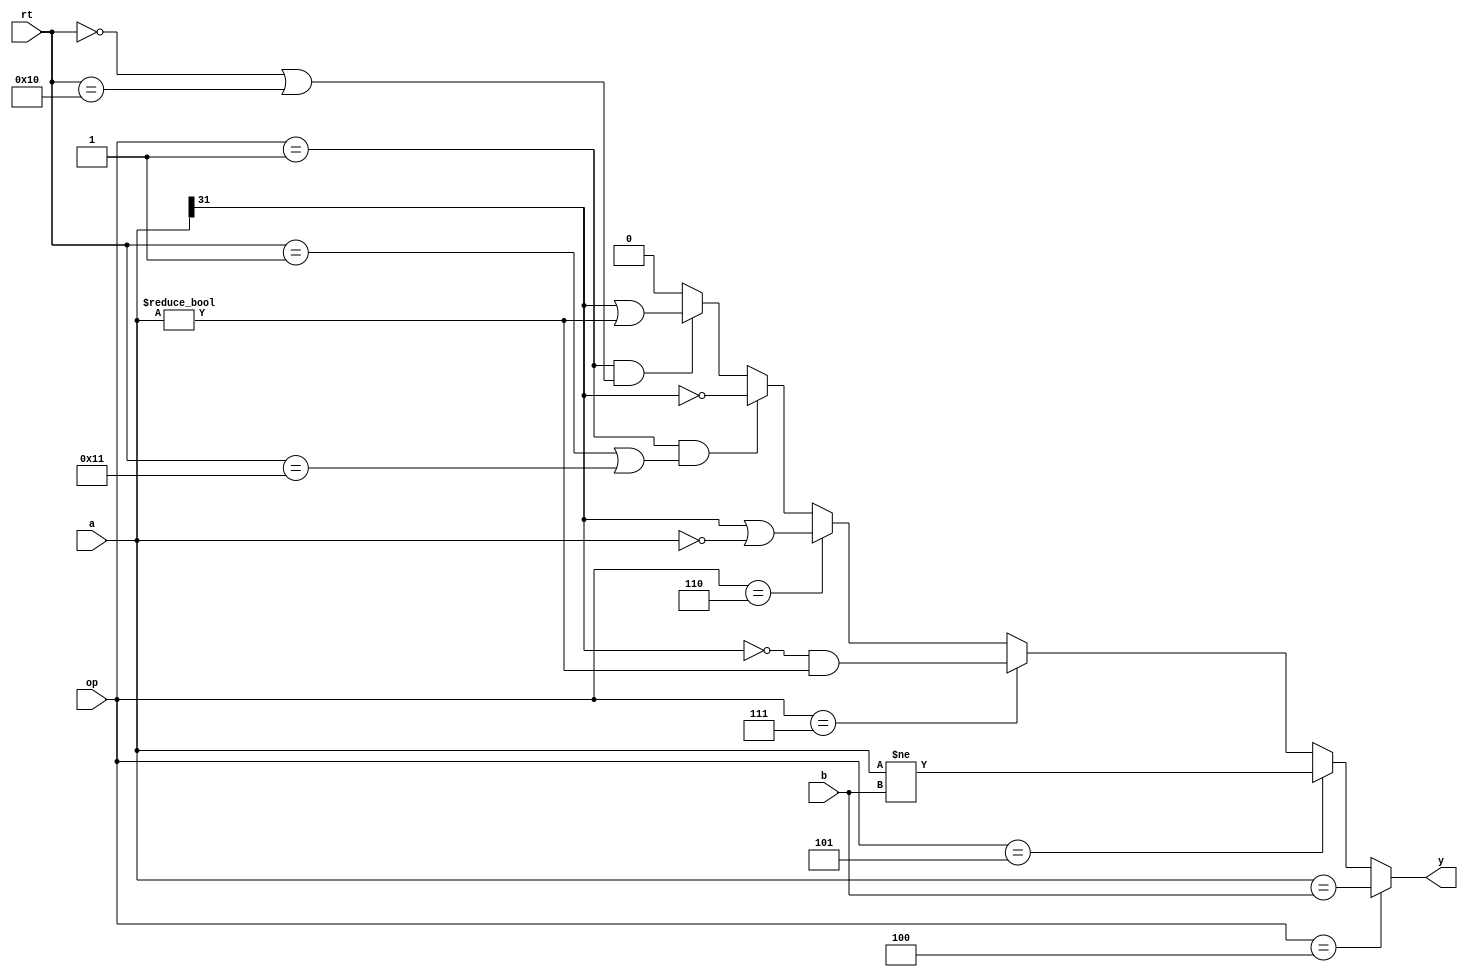
`timescale 1ns / 1ps
//////////////////////////////////////////////////////////////////////////////////
// Company: 
// Engineer: 
// 
// Design Name: 
// Module Name: eqcmp
// Project Name: 
// Target Devices: 
// Tool Versions: 
// Description: 
// 
// Dependencies: 
// 
// Revision:
// Revision 0.01 - File Created
// Additional Comments:
// 
//////////////////////////////////////////////////////////////////////////////////


module eqcmp(
    input [31:0] a,b,
    input wire [5:0] op,
    input wire [4:0] rt,
    output wire y
    );
    assign y=(op==6'b000100)?(a==b)://beq
             (op==6'b000101)?(a!=b)://bne
             (op==6'b000111)?((a[31]==1'b0)&&(a!=32'h0))://bgtz
             (op==6'b000110)?((a[31]==1'b1)||(a==32'h0))://blez
             ((op==6'b000001)&&((rt==5'b00001)||(rt==5'b10001)))?(a[31]==1'b0)://bgez,bgezal
             ((op==6'b000001)&&((rt==5'b00000)||(rt==5'b10000)))?((a[31]==1'b1)||(a!=32'h0)):0;//bltz,bltazl
endmodule